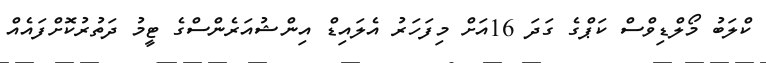
ކްލަބު މޯލްޑިވްސް ކަޕްގެ ގަދަ 16އަށް މިފަހަރު އެލައިޑް އިންޝުއަރެންސްގެ ޓީމު ދަތުރުކޮށްފައެއް